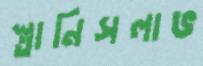
স্তানিসলাভ